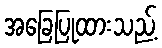
အခြေပြုထားသည့်